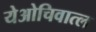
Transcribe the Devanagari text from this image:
येओचिवात्ल